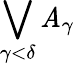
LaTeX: \bigvee_{\gamma<\delta}{\mathit{A}_{\gamma}}